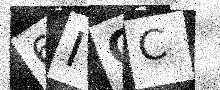
Text: 6IOC